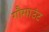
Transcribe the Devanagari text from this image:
गौमाउंट